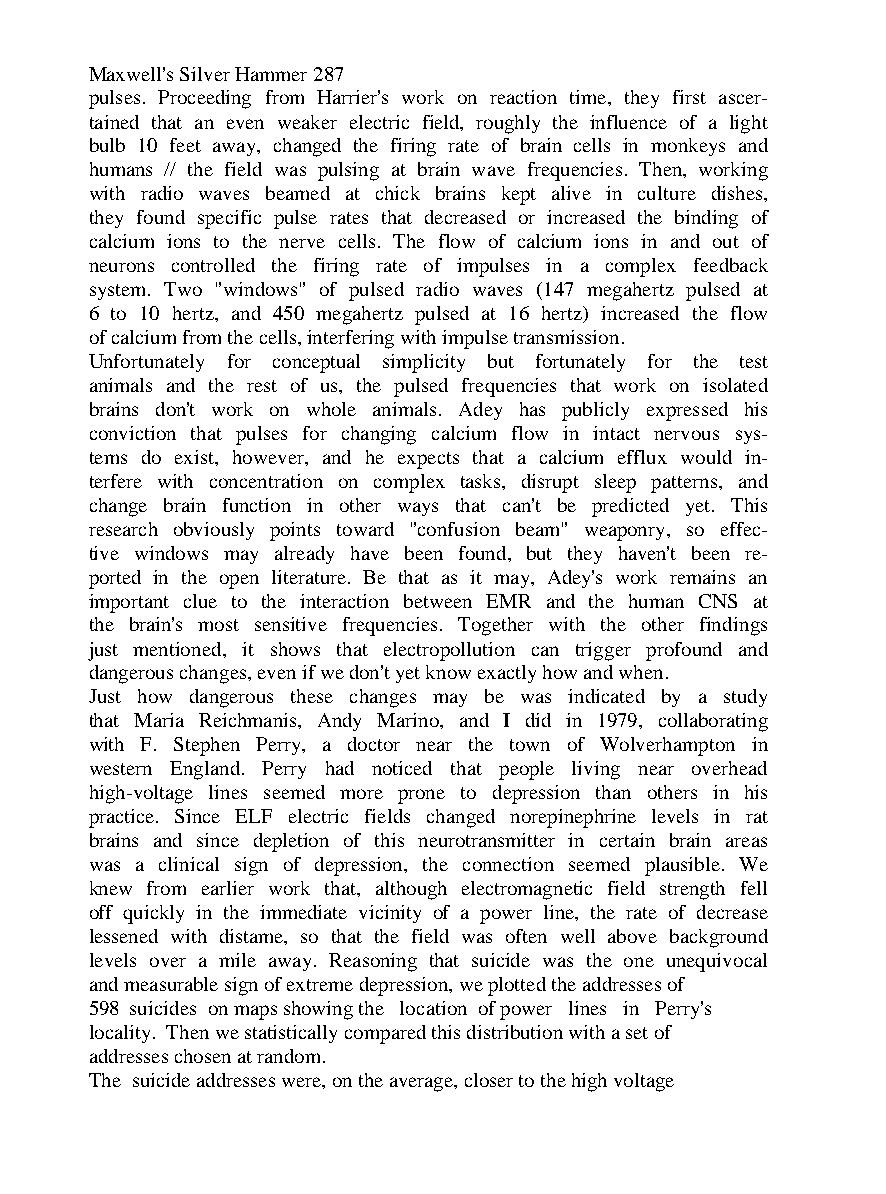
Maxwell's Silver Hammer 287
 pulses. Proceeding from Harrier's work on reaction time, they first ascer-
 tained that an even weaker electric field, roughly the influence of a light
 bulb 10 feet away, changed the firing rate of brain cells in monkeys and
 humans // the field was pulsing at brain wave frequencies. Then, working
 with radio waves beamed at chick brains kept alive in culture dishes,
 they found specific pulse rates that decreased or increased the binding of
 calcium ions to the nerve cells. The flow of calcium ions in and out of
 neurons controlled the firing rate of impulses in a complex feedback
 system. Two "windows" of pulsed radio waves (147 megahertz pulsed at
 6 to 10 hertz, and 450 megahertz pulsed at 16 hertz) increased the flow
 of calcium from the cells, interfering with impulse transmission.
 Unfortunately for conceptual simplicity but fortunately for the test
 animals and the rest of us, the pulsed frequencies that work on isolated
 brains don't work on whole animals. Adey has publicly expressed his
 conviction that pulses for changing calcium flow in intact nervous sys-
 tems do exist, however, and he expects that a calcium efflux would in-
 terfere with concentration on complex tasks, disrupt sleep patterns, and
 change brain function in other ways that can't be predicted yet. This
 research obviously points toward "confusion beam" weaponry, so effec-
 tive windows may already have been found, but they haven't been re-
 ported in the open literature. Be that as it may, Adey's work remains an
 important clue to the interaction between EMR and the human CNS at
 the brain's most sensitive frequencies. Together with the other findings
 just mentioned, it shows that electropollution can trigger profound and
 dangerous changes, even if we don't yet know exactly how and when.
 Just how dangerous these changes may be was indicated by a study
 that Maria Reichmanis, Andy Marino, and I did in 1979, collaborating
 with F. Stephen Perry, a doctor near the town of Wolverhampton in
 western England. Perry had noticed that people living near overhead
 high-voltage lines seemed more prone to depression than others in his
 practice. Since ELF electric fields changed norepinephrine levels in rat
 brains and since depletion of this neurotransmitter in certain brain areas
 was a clinical sign of depression, the connection seemed plausible. We
 knew from earlier work that, although electromagnetic field strength fell
 off quickly in the immediate vicinity of a power line, the rate of decrease
 lessened with distame, so that the field was often well above background
 levels over a mile away. Reasoning that suicide was the one unequivocal
 and measurable sign of extreme depression, we plotted the addresses of
 598 suicides on maps showing the location of power lines in Perry's
 locality. Then we statistically compared this distribution with a set of
 addresses chosen at random.
 The suicide addresses were, on the average, closer to the high voltage